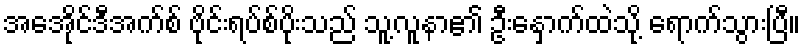
အေအိုင်ဒီအက်စ် ဗိုင်းရပ်စ်ပိုးသည် သူ့လူနာ၏ ဦးနှောက်ထဲသို့ ရောက်သွားပြီ။